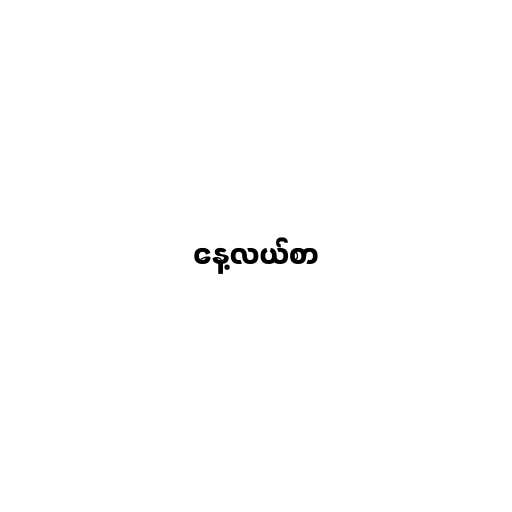
နေ့လယ်စာ